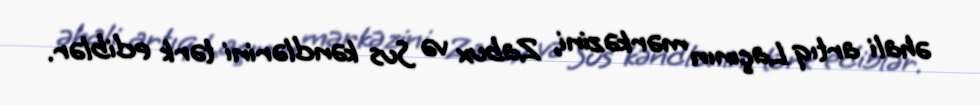
əhali artıq Laçının mərkəzini, Zabux və Sus kəndlərini tərk ediblər.